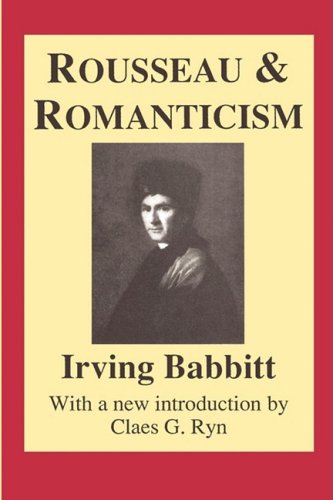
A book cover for Rousseau and Romanticism (Library of Conservative Thought); Irving Babbitt; Medical Books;